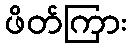
ဖိတ်ကြား